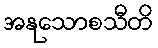
အနုသောစသီတိ